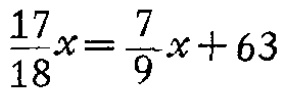
$\frac{17}{18}x=\frac{7}{9}x + 63$